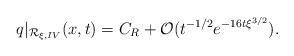
LaTeX: \begin{align*} q|_{\mathcal{R}_{\xi, IV}}(x,t)=C_R+\mathcal{O}(t^{-1/2}e^{-16t\xi^{3/2}}). \end{align*}